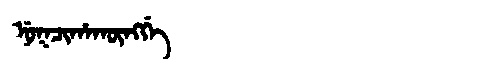
Manchu: ᠨᡠᡴᠴᡳᡥᠠᡴᡡᠩᡤᡝ
Romanization: NUKCIHAKŪNGGE